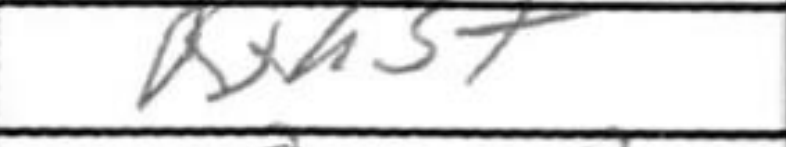
Transcription: Rxh3+